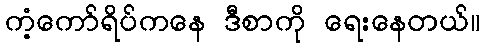
ကံ့ကော်ရိပ်ကနေ ဒီစာကို ရေးနေတယ်။